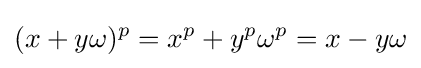
(x+y\omega )^{p}=x^{p}+y^{p}\omega ^{p}=x-y\omega